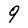
Character: 9